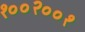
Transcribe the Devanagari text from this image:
१००२००१